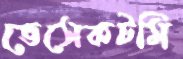
ভেসেকটমি